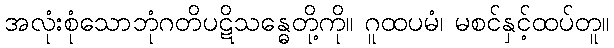
အလုံးစုံသောဘုံဂတိပဋိသန္ဓေတို့ကို။ ဂူထပမံ၊ မစင်နှင့်ထပ်တူ။